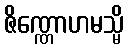
ဇိဏ္ဏောဟမသ္မိ